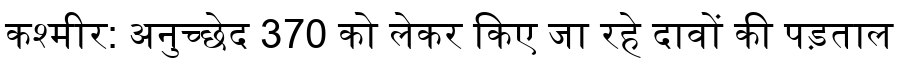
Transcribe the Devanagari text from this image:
कश्मीर: अनुच्छेद 370 को लेकर किए जा रहे दावों की पड़ताल